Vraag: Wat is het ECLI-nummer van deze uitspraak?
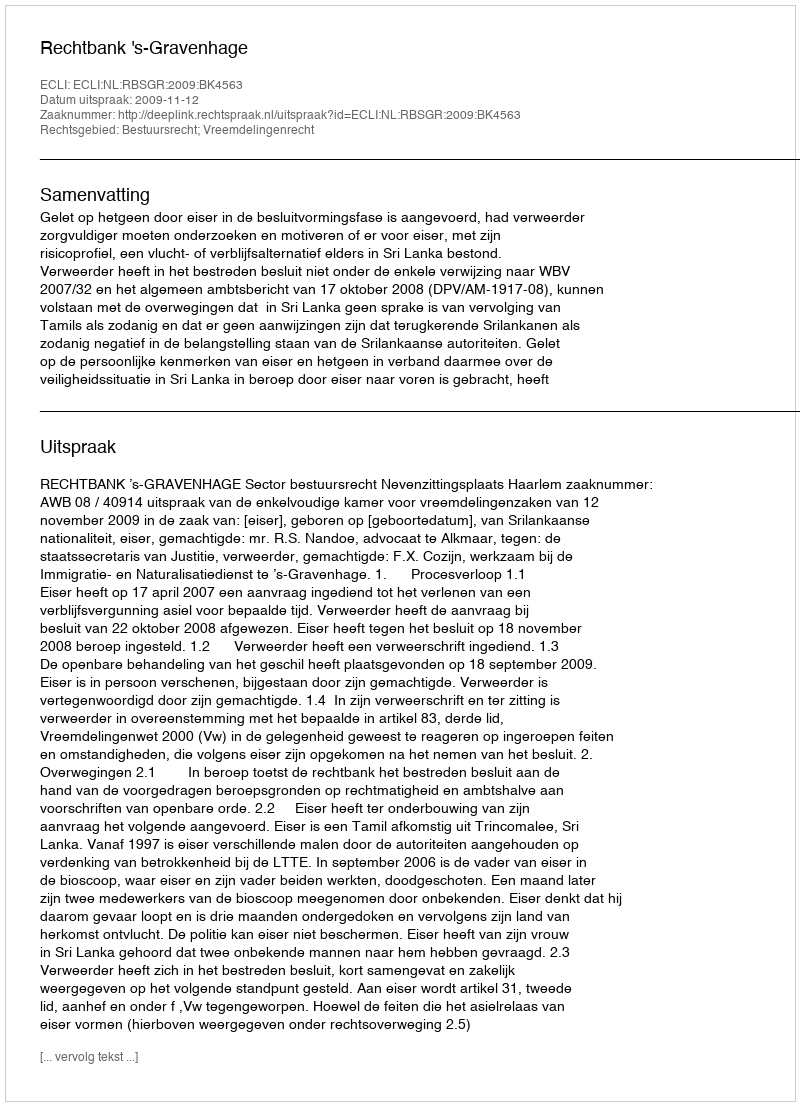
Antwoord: ECLI:NL:RBSGR:2009:BK4563